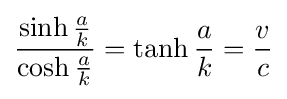
{\frac {\sinh {\frac {a}{k}}}{\cosh {\frac {a}{k}}}}=\tanh {\frac {a}{k}}={\frac {v}{c}}